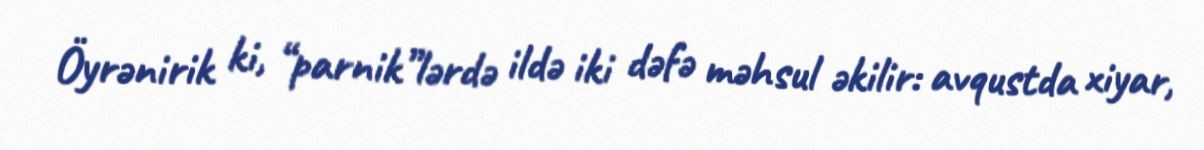
Öyrənirik ki, “parnik”lərdə ildə iki dəfə məhsul əkilir: avqustda xiyar,